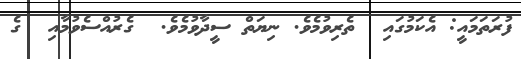
ފުރަތަމައީ: އެކަމުގައި  ތެރިވުމެވެ. ނިޔަތް ސީދާވުމެވެ.  ގެރުއްސެވުމާއި  ގެ